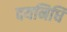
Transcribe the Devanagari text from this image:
दयनिधि